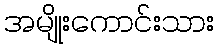
အမျိုးကောင်းသား